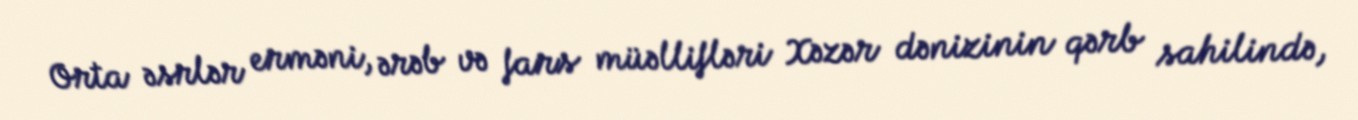
Orta əsrlər erməni, ərəb və fars müəllifləri Xəzər dənizinin qərb sahilində,